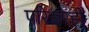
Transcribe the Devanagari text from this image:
परिसरही